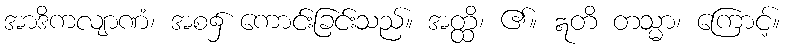
အာဒိကလျာဏံ၊ အစ၌ ကောင်းခြင်းသည်။ အတ္ထိ၊ ၏။ ဣတိ တသ္မာ၊ ကြောင့်။